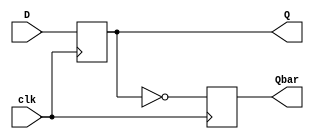
`timescale 1ns / 1ps

module d_flipflop(input clk, input D, output reg Q, output reg Qbar);

    always @ (posedge clk)
    
    begin
        Q <= D;
        Qbar <= !Q;
    end
    
    
endmodule